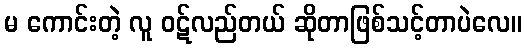
မ ကောင်းတဲ့ လူ ဝဋ်လည်တယ် ဆိုတာဖြစ်သင့်တာပဲလေ။